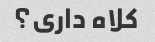
کلاه داری؟